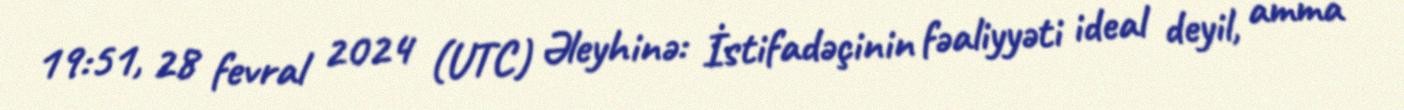
19:51, 28 fevral 2024 (UTC) Əleyhinə: İstifadəçinin fəaliyyəti ideal deyil, amma